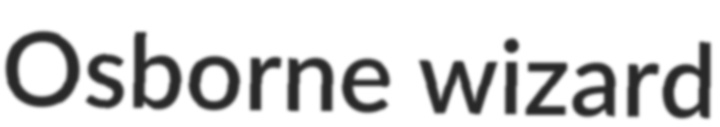
Osborne wizard